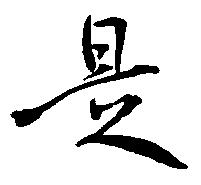
是